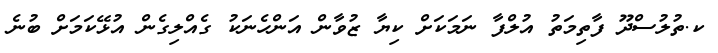
ކ.ތުލުސްދޫ ފާތިމަތު އުލްފާ ނަމަކަށް ކިޔާ ޒުވާން އަންހެނަކު ގެއްލިގެން އުޅޭކަމަށް ބުނެ